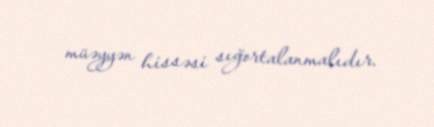
müəyyən hissəsi sığortalanmalıdır.